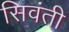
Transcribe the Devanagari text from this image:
सिवंती